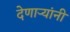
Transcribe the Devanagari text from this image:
देणाऱ्यांनी